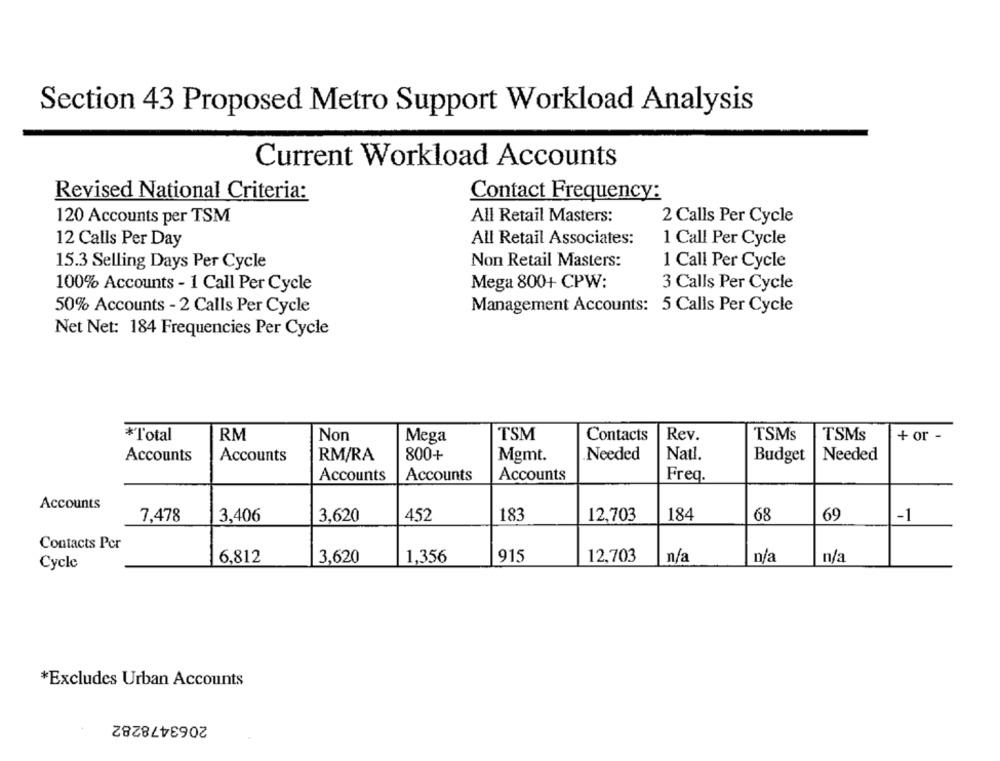
Section 43 Proposed Metro Support Workload Analysis
Current Workload Accounts
Revised National Criteria:
Contact Frequency:
120 Accounts per TSM
All Retail Masters:
2 Calls Per Cycle
12 Calls Per Day
All Retail Associates:
1 Call Per Cycle
15.3 Selling Days Per Cycle
Non Retail Masters:
1 Call Per Cycle
100% Accounts - 1 Call Per Cycle
Mega 800+ CPW:
3 Calls Per Cycle
50% Accounts - 2 Calls Per Cycle
Management Accounts: 5 Calls Per Cycle
Net Net: 184 Frequencies Per Cycle
*Total
RM
Non
Mega
TSM
Contacts
Rev.
TSMS
TSMs
+ or -
800+
.Needed
Natl.
Needed
Accounts
Accounts
RM/RA
Mgmt.
Budget
Accounts
Accounts
Accounts
Freq.
Accounts
3,406
3,620
452
183
12,703
184
68
69
-1
7,478
Contacts Per
6,812
3,620
1,356
915
12,703
n/a
n/a
n/a
Cycle
*Excludes Urban Accounts
2063478282